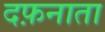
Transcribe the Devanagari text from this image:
दफ़नाता